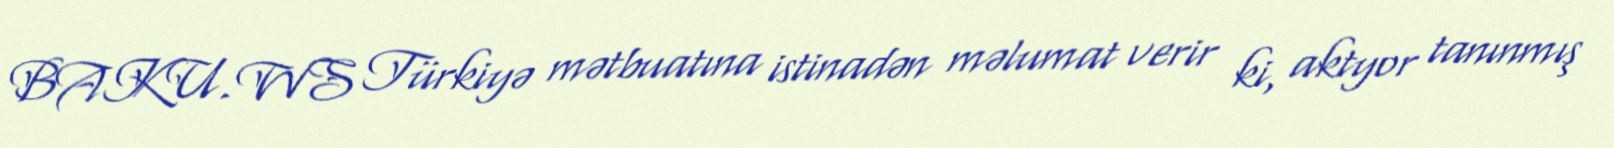
BAKU.WS Türkiyə mətbuatına istinadən məlumat verir ki, aktyor tanınmış